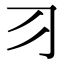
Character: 习